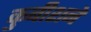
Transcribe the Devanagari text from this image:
कुबीशने